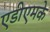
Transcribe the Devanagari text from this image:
एडीएमके